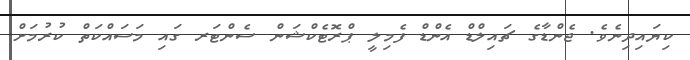
ކިޔައިދިނެވެ. ޖެންޑާގެ ޗައިލްޑް އެންޑް ފެމިލީ ޕްރޮޓެކްޝަން ސެންޓަރ ގައި މަސައްކަތް ކުރުމަށް